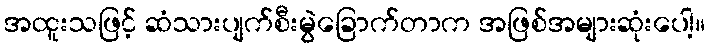
အထူးသဖြင့် ဆံသားပျက်စီးမွဲခြောက်တာက အဖြစ်အများဆုံးပေါ့။